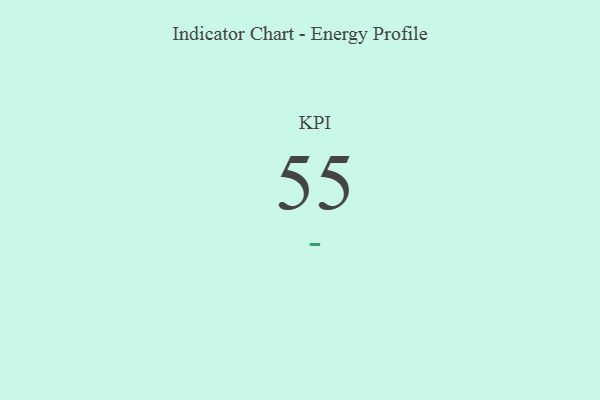
{"axis": {"x": "KPI", "y": "Value"}, "legend": [""], "data": [{"x": "KPI", "y": 55, "type": ""}]}